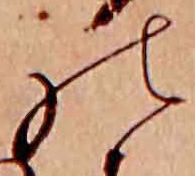
の